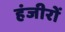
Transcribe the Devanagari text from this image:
हंजीरों